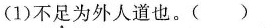
(1)不足为外人道也。()